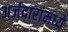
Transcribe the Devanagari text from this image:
अर्जदारांमध्ये